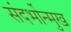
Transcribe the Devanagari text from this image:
संदर्भोन्मुख